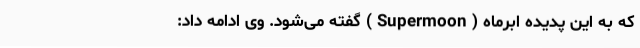
که به این پدیده اَبَرماه ( Supermoon ) گفته می‌شود. وی ادامه داد: